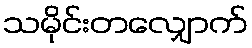
သမိုင်းတလျှောက်